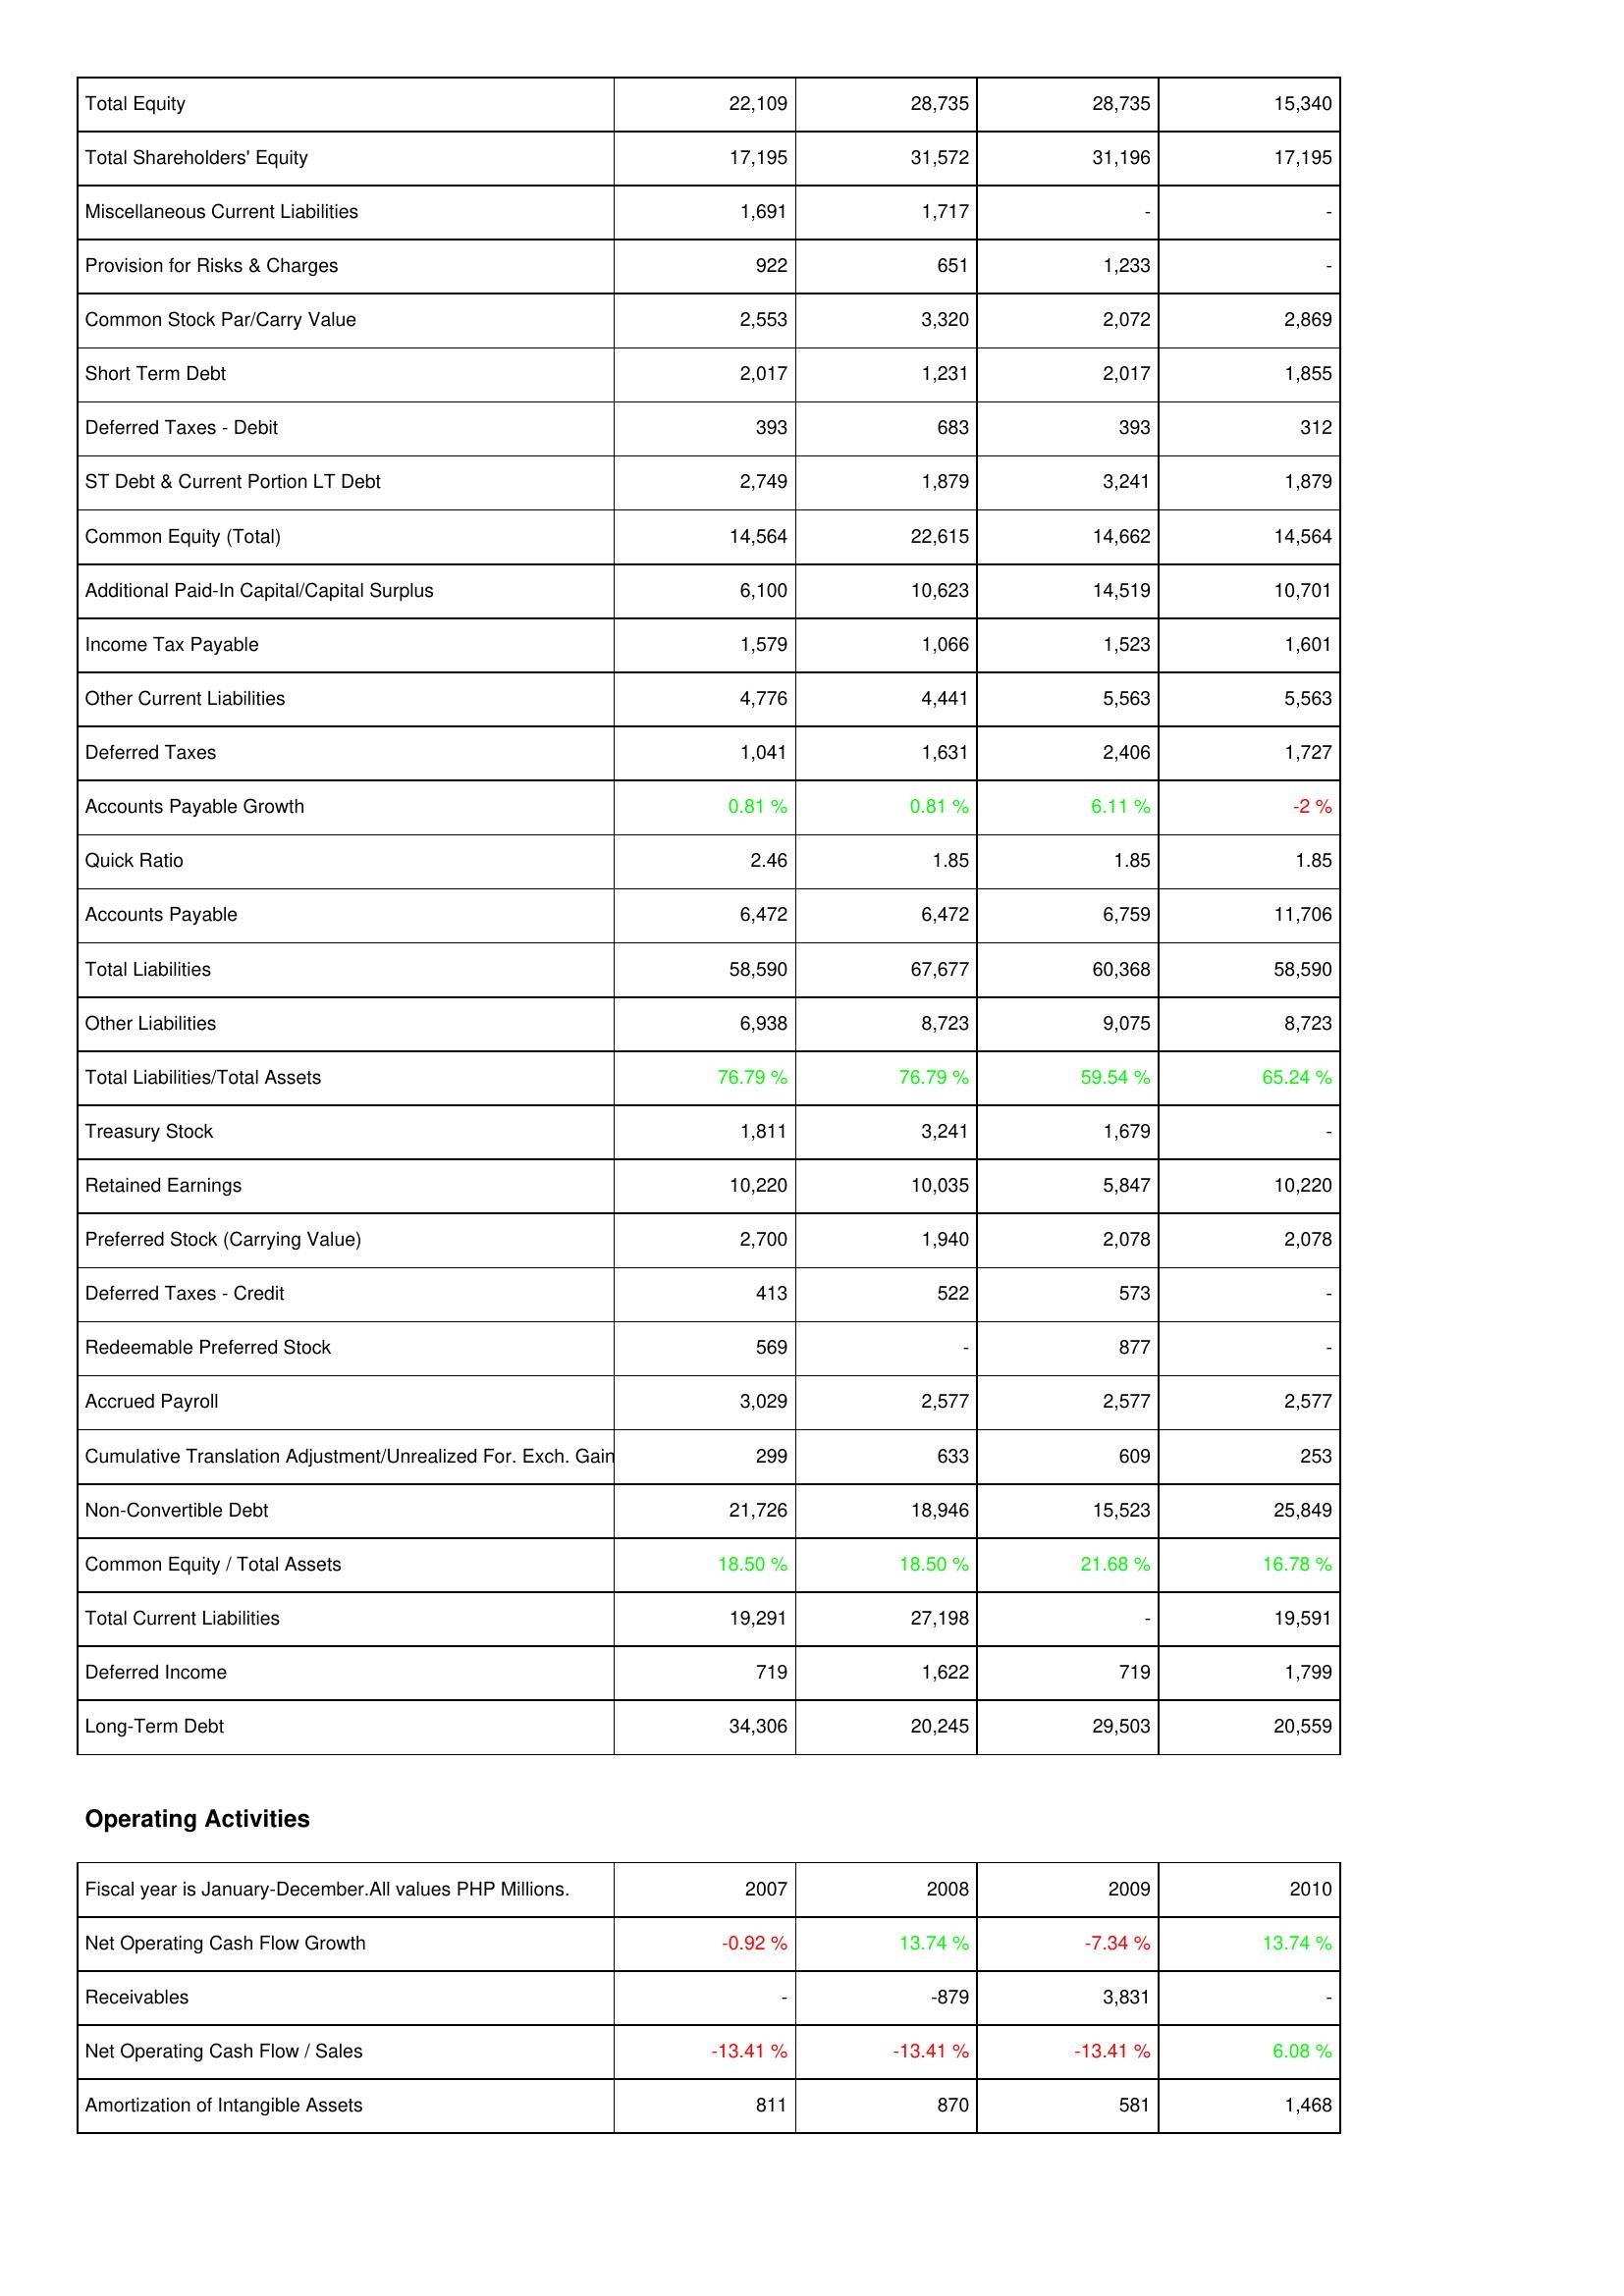
2007: Liabilities & Shareholders' Equity: Total Equity: 22,109
Total Shareholders' Equity: 17,195
Miscellaneous Current Liabilities: 1,691
Provision for Risks & Charges: 922
Common Stock Par/Carry Value: 2,553
Short Term Debt: 2,017
Deferred Taxes - Debit: 393
ST Debt & Current Portion LT Debt: 2,749
Common Equity (Total): 14,564
Additional Paid-In Capital/Capital Surplus: 6,100
Income Tax Payable: 1,579
Other Current Liabilities: 4,776
Deferred Taxes: 1,041
Accounts Payable Growth: 0.81 %
Quick Ratio: 2.46
Accounts Payable: 6,472
Total Liabilities: 58,590
Other Liabilities: 6,938
Total Liabilities/Total Assets: 76.79 %
Treasury Stock: 1,811
Retained Earnings: 10,220
Preferred Stock (Carrying Value): 2,700
Deferred Taxes - Credit: 413
Redeemable Preferred Stock: 569
Accrued Payroll: 3,029
Cumulative Translation Adjustment/Unrealized For. Exch. Gain: 299
Non-Convertible Debt: 21,726
Common Equity / Total Assets: 18.50 %
Total Current Liabilities: 19,291
Deferred Income: 719
Long-Term Debt: 34,306
Operating Activities: Net Operating Cash Flow Growth: -0.92 %
Receivables: -
Net Operating Cash Flow / Sales: -13.41 %
Amortization of Intangible Assets: 811
2008: Liabilities & Shareholders' Equity: Total Equity: 28,735
Total Shareholders' Equity: 31,572
Miscellaneous Current Liabilities: 1,717
Provision for Risks & Charges: 651
Common Stock Par/Carry Value: 3,320
Short Term Debt: 1,231
Deferred Taxes - Debit: 683
ST Debt & Current Portion LT Debt: 1,879
Common Equity (Total): 22,615
Additional Paid-In Capital/Capital Surplus: 10,623
Income Tax Payable: 1,066
Other Current Liabilities: 4,441
Deferred Taxes: 1,631
Accounts Payable Growth: 0.81 %
Quick Ratio: 1.85
Accounts Payable: 6,472
Total Liabilities: 67,677
Other Liabilities: 8,723
Total Liabilities/Total Assets: 76.79 %
Treasury Stock: 3,241
Retained Earnings: 10,035
Preferred Stock (Carrying Value): 1,940
Deferred Taxes - Credit: 522
Redeemable Preferred Stock: -
Accrued Payroll: 2,577
Cumulative Translation Adjustment/Unrealized For. Exch. Gain: 633
Non-Convertible Debt: 18,946
Common Equity / Total Assets: 18.50 %
Total Current Liabilities: 27,198
Deferred Income: 1,622
Long-Term Debt: 20,245
Operating Activities: Net Operating Cash Flow Growth: 13.74 %
Receivables: -879
Net Operating Cash Flow / Sales: -13.41 %
Amortization of Intangible Assets: 870
2009: Liabilities & Shareholders' Equity: Total Equity: 28,735
Total Shareholders' Equity: 31,196
Miscellaneous Current Liabilities: -
Provision for Risks & Charges: 1,233
Common Stock Par/Carry Value: 2,072
Short Term Debt: 2,017
Deferred Taxes - Debit: 393
ST Debt & Current Portion LT Debt: 3,241
Common Equity (Total): 14,662
Additional Paid-In Capital/Capital Surplus: 14,519
Income Tax Payable: 1,523
Other Current Liabilities: 5,563
Deferred Taxes: 2,406
Accounts Payable Growth: 6.11 %
Quick Ratio: 1.85
Accounts Payable: 6,759
Total Liabilities: 60,368
Other Liabilities: 9,075
Total Liabilities/Total Assets: 59.54 %
Treasury Stock: 1,679
Retained Earnings: 5,847
Preferred Stock (Carrying Value): 2,078
Deferred Taxes - Credit: 573
Redeemable Preferred Stock: 877
Accrued Payroll: 2,577
Cumulative Translation Adjustment/Unrealized For. Exch. Gain: 609
Non-Convertible Debt: 15,523
Common Equity / Total Assets: 21.68 %
Total Current Liabilities: -
Deferred Income: 719
Long-Term Debt: 29,503
Operating Activities: Net Operating Cash Flow Growth: -7.34 %
Receivables: 3,831
Net Operating Cash Flow / Sales: -13.41 %
Amortization of Intangible Assets: 581
2010: Liabilities & Shareholders' Equity: Total Equity: 15,340
Total Shareholders' Equity: 17,195
Miscellaneous Current Liabilities: -
Provision for Risks & Charges: -
Common Stock Par/Carry Value: 2,869
Short Term Debt: 1,855
Deferred Taxes - Debit: 312
ST Debt & Current Portion LT Debt: 1,879
Common Equity (Total): 14,564
Additional Paid-In Capital/Capital Surplus: 10,701
Income Tax Payable: 1,601
Other Current Liabilities: 5,563
Deferred Taxes: 1,727
Accounts Payable Growth: -2 %
Quick Ratio: 1.85
Accounts Payable: 11,706
Total Liabilities: 58,590
Other Liabilities: 8,723
Total Liabilities/Total Assets: 65.24 %
Treasury Stock: -
Retained Earnings: 10,220
Preferred Stock (Carrying Value): 2,078
Deferred Taxes - Credit: -
Redeemable Preferred Stock: -
Accrued Payroll: 2,577
Cumulative Translation Adjustment/Unrealized For. Exch. Gain: 253
Non-Convertible Debt: 25,849
Common Equity / Total Assets: 16.78 %
Total Current Liabilities: 19,591
Deferred Income: 1,799
Long-Term Debt: 20,559
Operating Activities: Net Operating Cash Flow Growth: 13.74 %
Receivables: -
Net Operating Cash Flow / Sales: 6.08 %
Amortization of Intangible Assets: 1,468